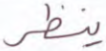
ينظر